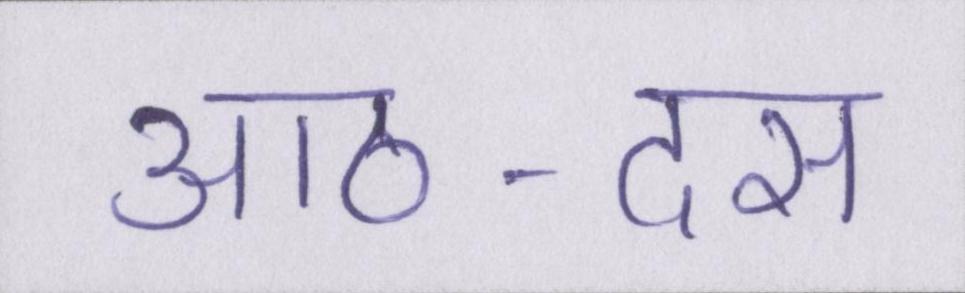
आठ-दस